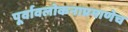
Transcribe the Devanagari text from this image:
पूर्वावलोकनाप्रमाणेच